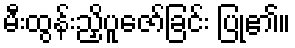
မီးထွန်းညှိပူဇော်ခြင်း ပြု၏။